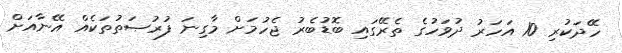
ހޭދަކުރި 10 އަހަރު ދުވަހުގެ ތެރޭގައި ބޮޑުބެރު ޖެހުމަށް މާގިނަ ފުރުޞަތުތަކެއް އޭނާއަށް